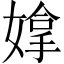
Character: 𫱗